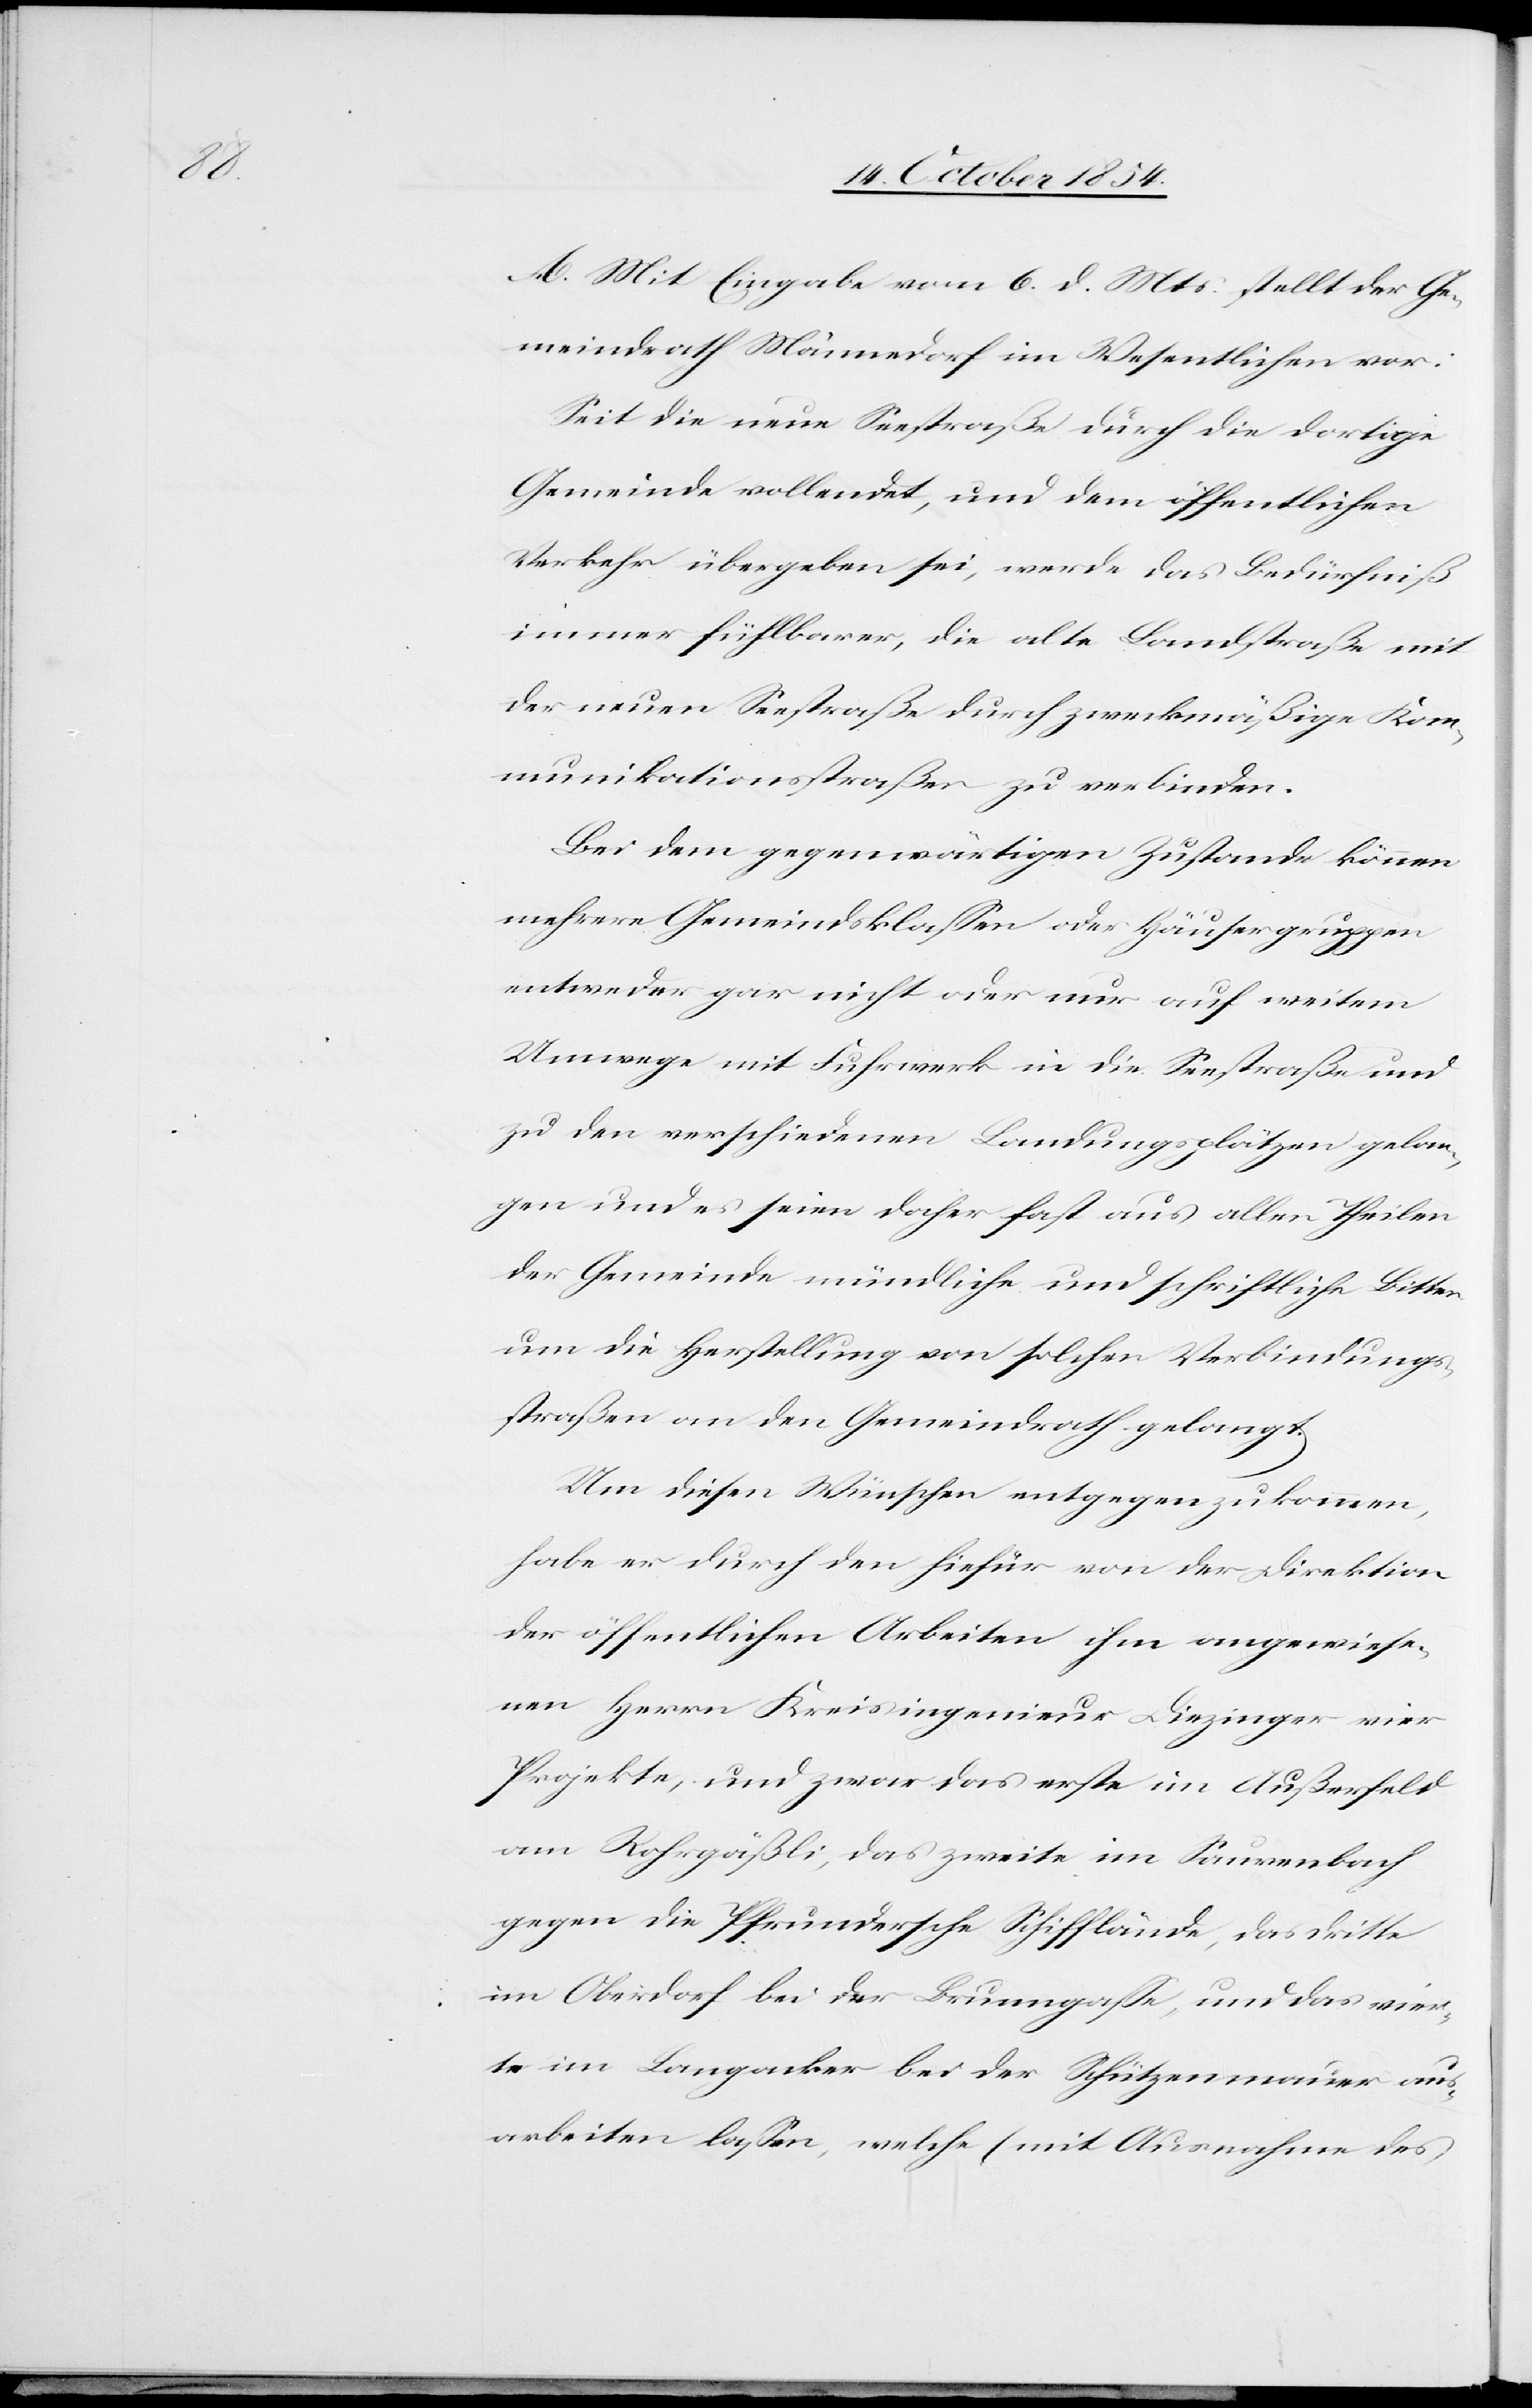
A. Mit Eingabe vom 6. d. Mts. stellt der Ge¬
meindrath Männedorf im Wesentlichen vor:
Seit die neue Seestraße durch die dortige
Gemeinde vollendet, und dem öffentlichen
Verkehr übergeben sei, werde das Bedürfniß
immer fühlbarer, die alte Landstraße mit
der neuen Seestraße durch zweckmäßige Kom¬
munikationsstraßen zu verbinden.
Bei dem gegenwärtigen Zustande können
mehrere Gemeindsklaßen oder Häusergruppen
entweder gar nicht oder nur auf weitem
Umwege mit Fuhrwerk in die Seestraße und
zu den verschiedenen Landungsplätzen gelan¬
gen und es seien daher fast aus allen Theilen
der Gemeinde mündliche und schriftliche Bitten
um die Herstellung von solchen Verbindungs¬
straßen an den Gemeindrath gelangt.
Um diesen Wünschen entgegenzukommen,
habe er durch den hiefür von der Direktion
der öffentlichen Arbeiten ihm angewiese¬
nen Herrn Kreisingenieur Diezinger vier
Projekte, und zwar das erst im Außerfeld
am Rohrgäßli, das zweite im Saurenbach
gegen die Pfrundersche Schifflände, das dritte
im Oberdorf bei der Brunngaße, und das vier¬
te im Langacker bei der Schützenmauer aus¬
arbeiten laßen, welche (mit Ausnahme des